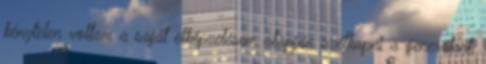
kénytelen voltam a saját elképzelésem alapján szétkapni a generátort,